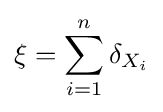
\xi =\sum _{i=1}^{n}\delta _{X_{i}}